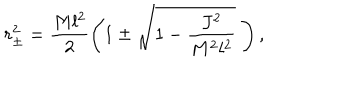
LaTeX: r _ { \pm } ^ { 2 } = \frac { M l ^ { 2 } } { 2 } \left( 1 \pm \sqrt { 1 - \frac { J ^ { 2 } } { M ^ { 2 } l ^ { 2 } } } \; \right) ,